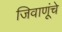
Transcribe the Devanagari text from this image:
जिवाणूंचे